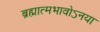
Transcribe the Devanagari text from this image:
ब्रह्मात्मभावोऽनया